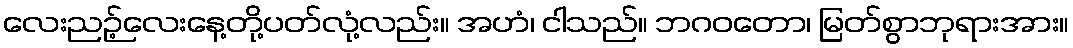
လေးညဉ့်လေးနေ့တို့ပတ်လုံ့လည်း။ အဟံ၊ ငါသည်။ ဘဂဝတော၊ မြတ်စွာဘုရားအား။